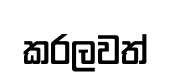
කරලවත්